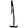
Digit: 1